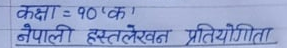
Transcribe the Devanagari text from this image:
कक्षा = १० 'क'
नेपाली हस्तलेखन प्रतियोगिता